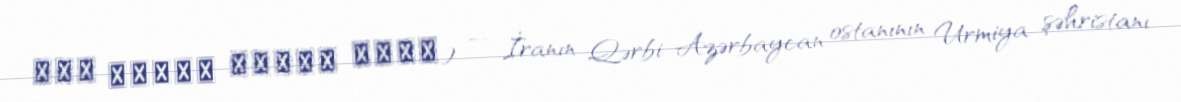
قره حسنلو خواجه پاشا) — İranın Qərbi Azərbaycan ostanının Urmiya şəhristanı